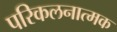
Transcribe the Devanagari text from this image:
परिकलनात्मक